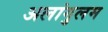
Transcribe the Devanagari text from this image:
अलांगुलम